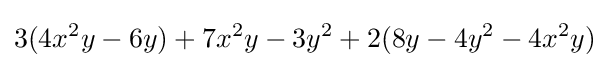
3(4x^{2}y-6y)+7x^{2}y-3y^{2}+2(8y-4y^{2}-4x^{2}y)